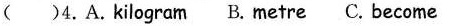
( )4.A.kilogram B. metre C. become